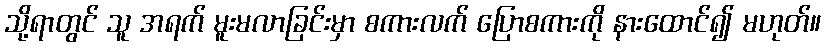
သို့ရာတွင် သူ အရက် မူးမလာခြင်းမှာ စကားလက် ပြောစကားကို နားထောင်၍ မဟုတ်။